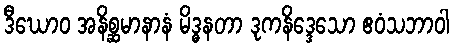
ဒီဃောဝ အနိစ္ဆမာနာနံ မိဒ္ဓနတာ ဒုကနိဒ္ဒေသော ဧဝံသဘာဝါ